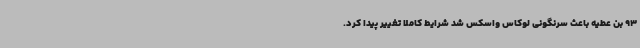
93 بن عطیه باعث سرنگونی لوکاس واسکس شد شرایط کاملا تغییر پیدا کرد.